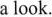
a look.